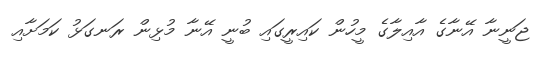
ޖަނީނާ އޭނާގެ އާއިލާގެ މީހުން ކައިރީގައި ބުނީ އޭނާ މުޅިން ރަނގަޅު ކަމަށާއި